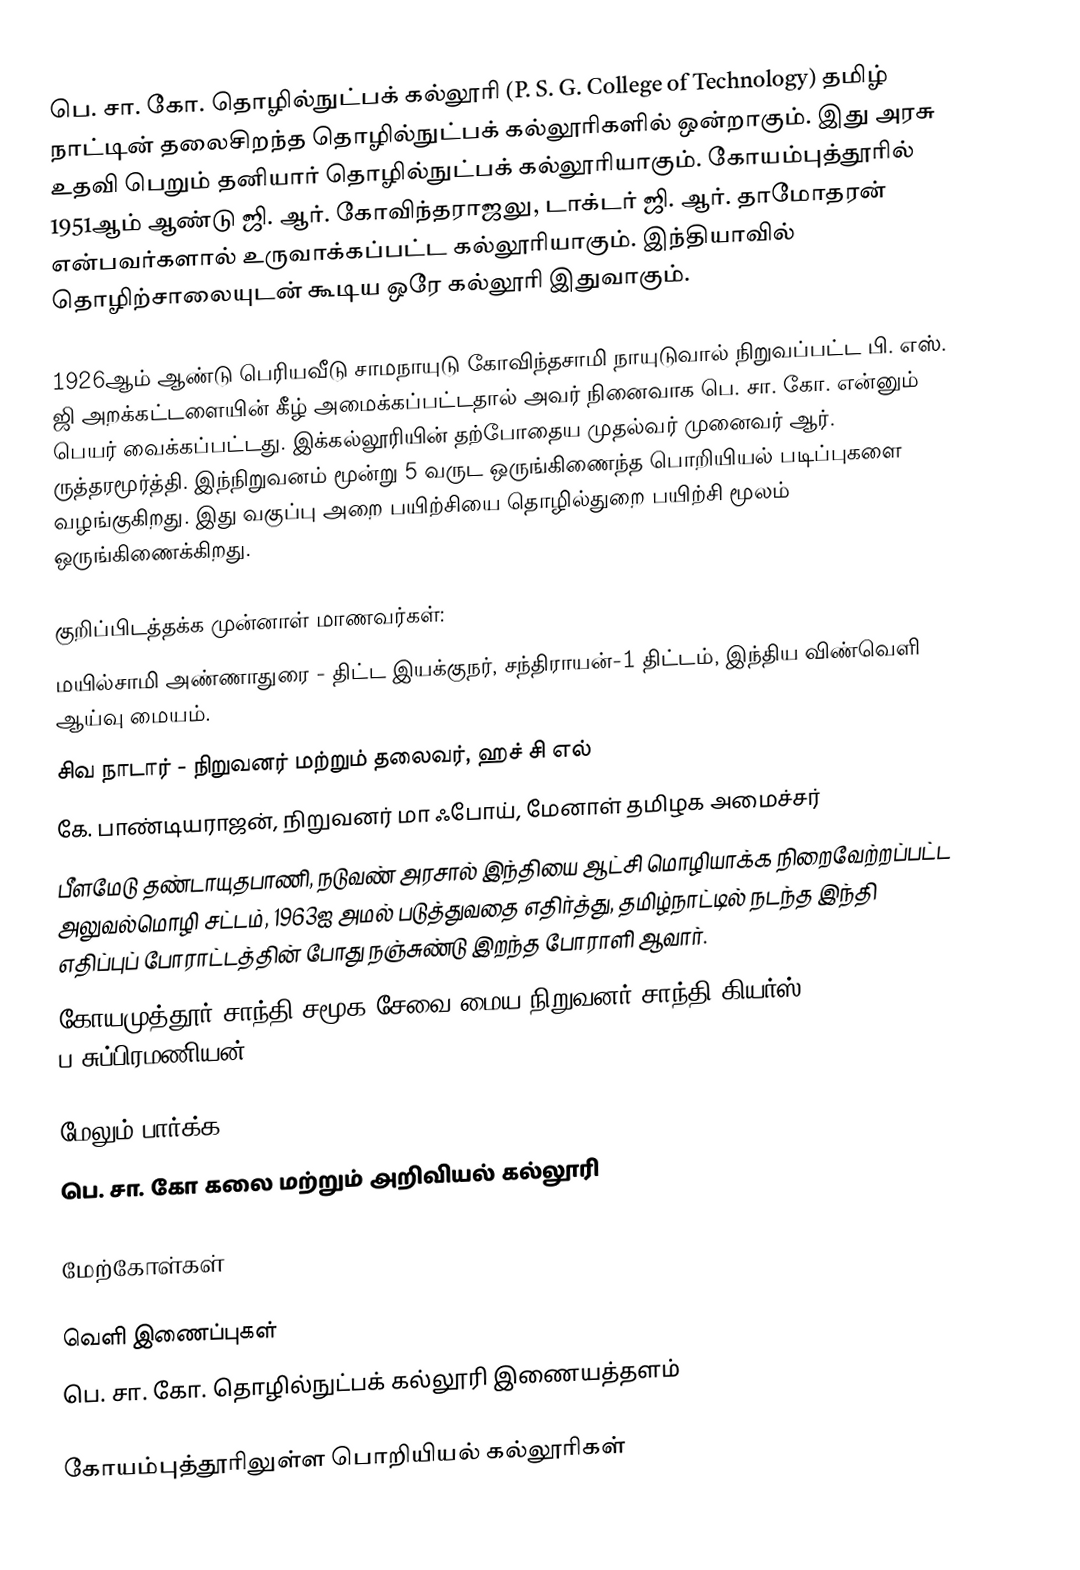
பெ. சா. கோ. தொழில்நுட்பக் கல்லூரி (P. S. G. College of Technology)  தமிழ் நாட்டின் தலைசிறந்த தொழில்நுட்பக் கல்லூரிகளில் ஒன்றாகும். இது அரசு உதவி பெறும் தனியார் தொழில்நுட்பக் கல்லூரியாகும். கோயம்புத்தூரில் 1951ஆம் ஆண்டு ஜி. ஆர். கோவிந்தராஜலு, டாக்டர் ஜி. ஆர். தாமோதரன் என்பவர்களால் உருவாக்கப்பட்ட கல்லூரியாகும். இந்தியாவில் தொழிற்சாலையுடன் கூடிய ஒரே கல்லூரி இதுவாகும்.

1926ஆம் ஆண்டு பெரியவீடு சாமநாயுடு கோவிந்தசாமி நாயுடுவால் நிறுவப்பட்ட பி. எஸ். ஜி அறக்கட்டளையின் கீழ் அமைக்கப்பட்டதால் அவர் நினைவாக பெ. சா. கோ. என்னும் பெயர் வைக்கப்பட்டது. இக்கல்லூரியின் தற்போதைய முதல்வர் முனைவர் ஆர். ருத்தரமூர்த்தி. இந்நிறுவனம் மூன்று 5 வருட ஒருங்கிணைந்த பொறியியல் படிப்புகளை வழங்குகிறது. இது வகுப்பு அறை பயிற்சியை தொழில்துறை பயிற்சி மூலம் ஒருங்கிணைக்கிறது.

குறிப்பிடத்தக்க முன்னாள் மாணவர்கள்:
 மயில்சாமி அண்ணாதுரை - திட்ட இயக்குநர், சந்திராயன்-1 திட்டம், இந்திய விண்வெளி ஆய்வு மையம்.
 சிவ நாடார் - நிறுவனர் மற்றும் தலைவர், ஹச் சி எல்
 கே. பாண்டியராஜன், நிறுவனர் மா ஃபோய், மேனாள் தமிழக அமைச்சர்
 பீளமேடு தண்டாயுதபாணி, நடுவண் அரசால் இந்தியை ஆட்சி மொழியாக்க நிறைவேற்றப்பட்ட அலுவல்மொழி சட்டம், 1963ஐ அமல் படுத்துவதை எதிர்த்து, தமிழ்நாட்டில் நடந்த இந்தி எதிப்புப் போராட்டத்தின் போது நஞ்சுண்டு இறந்த போராளி ஆவார்.
 கோயமுத்தூர் சாந்தி சமூக சேவை மைய நிறுவனர் சாந்தி கியர்ஸ் ப.சுப்பிரமணியன்

மேலும் பார்க்க
 பெ. சா. கோ கலை மற்றும் அறிவியல் கல்லூரி

மேற்கோள்கள்

வெளி இணைப்புகள்
 பெ. சா. கோ. தொழில்நுட்பக் கல்லூரி இணையத்தளம்

கோயம்புத்தூரிலுள்ள பொறியியல் கல்லூரிகள்